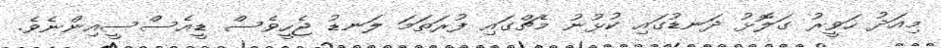
މިއަދު ހަވީރު ގަލޮޅު ދަނޑުގައި ކުޅުނު މެޗްގައި ފުރަތަމަ ލަނޑު ޖެހީވެސް ޑީއެސްސީއިންނެވެ.